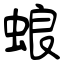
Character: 蜋